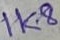
Text: 1K8